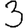
Digit: 3